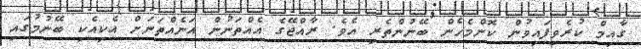
ގާއިމް ކުރެވިފައިވުން ކޮންމެހެން ބޭނުންތެރި އެވެ. ރާއްޖޭގެ އެއްތަނުން އަނެއްތަނަށް އެކިއެކި ބޭނުމުގައި